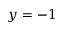
y = - 1